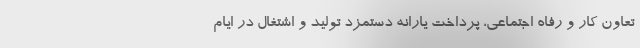
تعاون کار و رفاه اجتماعی، پرداخت یارانه دستمزد تولید و اشتغال در ایام